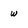
Character: w